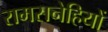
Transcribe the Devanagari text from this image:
रामसनेहियों